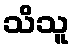
သိသူ